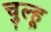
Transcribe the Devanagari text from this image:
चुल्हू